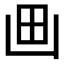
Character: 𰢵